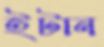
ইটান